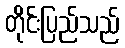
တိုင်းပြည်သည်